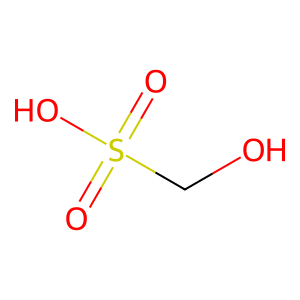
SMILES: O=S(=O)(O)CO
Inhibits HIV replication: No